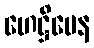
ဟေဋ္ဌိမေန